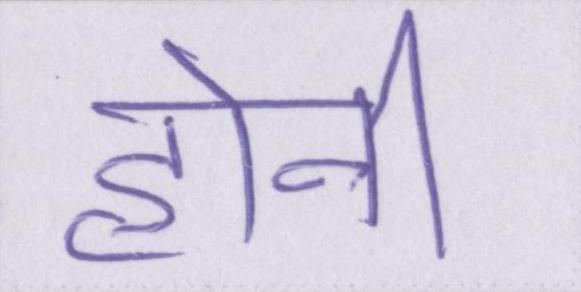
होनी